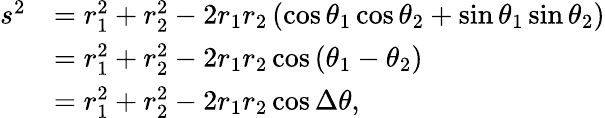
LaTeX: {\begin{array}{rl}{s^{2}}&{=r_{1}^{2}+r_{2}^{2}-2r_{1}r_{2}\left(\cos\theta_{1}\cos\theta_{2}+\sin\theta_{1}\sin\theta_{2}\right)}\\ &{=r_{1}^{2}+r_{2}^{2}-2r_{1}r_{2}\cos\left(\theta_{1}-\theta_{2}\right)}\\ &{=r_{1}^{2}+r_{2}^{2}-2r_{1}r_{2}\cos\Delta\theta,}\end{array}}